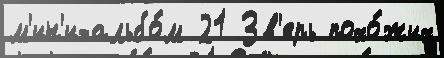
м'ин'и-альбо́м 21 Зв'ерь похо́жих